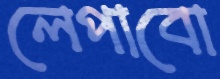
লেপাবো